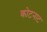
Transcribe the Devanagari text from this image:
कोटनाट